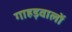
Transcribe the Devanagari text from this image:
गाहड़वालों